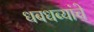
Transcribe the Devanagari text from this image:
धबधब्यांचे